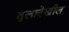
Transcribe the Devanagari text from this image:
तुलादेखील